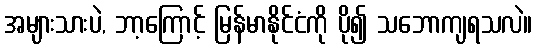
အများသားပဲ, ဘာ့ကြောင့် မြန်မာနိုင်ငံကို ပို၍ သဘောကျရသလဲ။